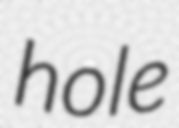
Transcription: hole